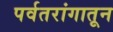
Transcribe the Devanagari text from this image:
पर्वतरांगातून